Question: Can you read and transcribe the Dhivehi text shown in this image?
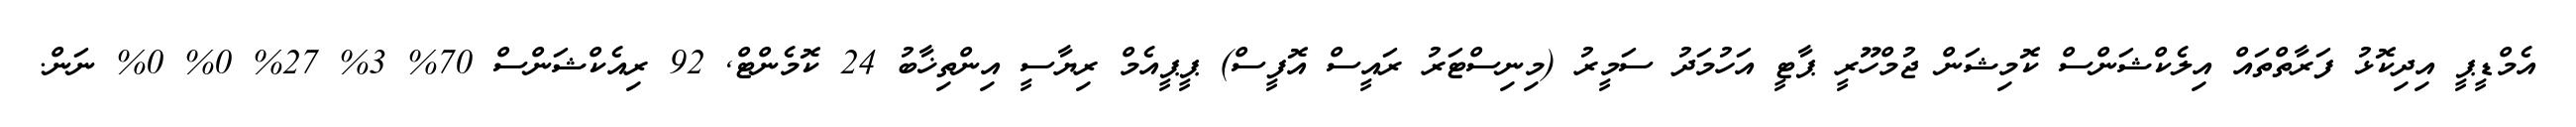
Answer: އެމްޑީޕީ އިދިކޮޅު ފަރާތްތައް އިލެކްޝަންސް ކޮމިޝަން ޖުމްހޫރީ ޕާޓީ އަހުމަދު ސަމީރު (މިނިސްޓަރު ރައީސް އޮފީސް) ޕީޕީއެމް ރިޔާސީ އިންތިޚާބު 24 ކޮމެންޓް, 92 ރިއެކްޝަންސް 70% 3% 27% 0% 0% ނަން.